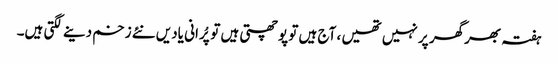
ہفتہ بھرگھر پر نہیں تھیں ، آج ہیں تو پوچھتی ہیں توپُرانی یادیں نئے زخم دینے لگتی ہیں۔